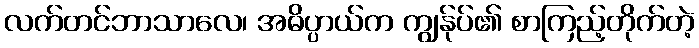
လက်တင်ဘာသာလေ၊ အဓိပ္ပာယ်က ကျွန်ုပ်၏ စာကြည့်တိုက်တဲ့